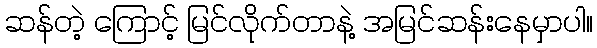
ဆန်တဲ့ ကြောင့် မြင်လိုက်တာနဲ့ အမြင်ဆန်းနေမှာပါ။